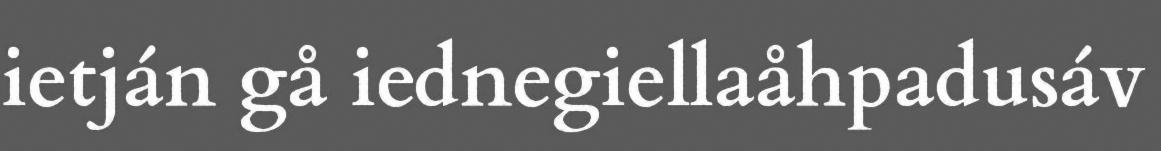
ietján gå iednegiellaåhpadusáv